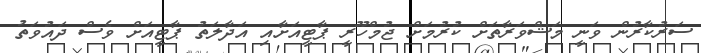
ސަރުކާރުން ވަނީ މަޝްވަރާތަށް ކުރުމަށް ޖުމްހޫރީ ޕާޓީއަށާއި އަދާލަތު ޕާޓީއަށް ވެސް ދައުވަތު